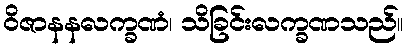
ဝိဇာနနလက္ခဏံ၊ သိခြင်းလက္ခဏသည်။